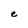
Character: e